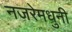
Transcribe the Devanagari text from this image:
नजरेमधुनी